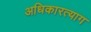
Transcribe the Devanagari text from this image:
अधिकारत्याग